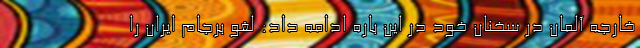
خارجه آلمان در سخنان خود در این باره ادامه داد: لغو برجام ایران را